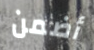
أضمن